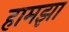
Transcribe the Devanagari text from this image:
हामझा